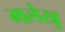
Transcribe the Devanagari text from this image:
मलेखु